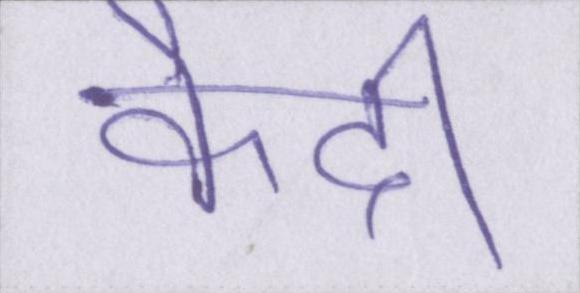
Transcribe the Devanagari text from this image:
कैदी